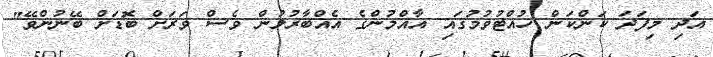
އަދި މިފަދަ ކަންކަން ހުއްޓުވުމުގައި އާއްމުންގެ އެއްބާރުލުން ވެސް ވަރަށް ބޮޑަށް ބޭނުންވޭ"